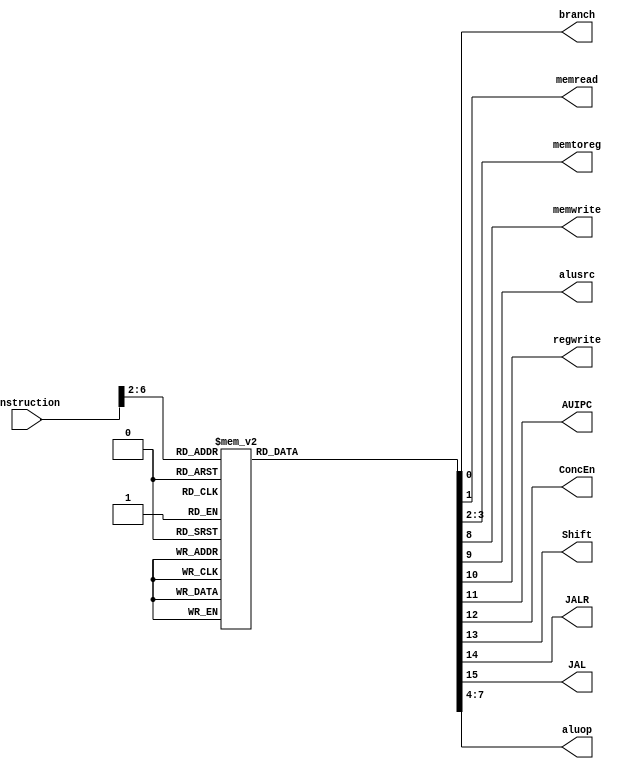
//////////////////////////////////////////////////////////////////////////////////
// Module: control_unit.v
// Project: Single Cycled RISC_V Processor
// Description: The control unit for the datapath
//////////////////////////////////////////////////////////////////////////////////
module control_unit(input[31:0] instruction, output reg branch, memread, output reg[1:0]memtoreg, output reg memwrite, alusrc, regwrite, AUIPC, ConcEn, Shift, JALR, JAL, output reg[3:0] aluop);

    always @(instruction) begin
        case(instruction[6:2])
            5'b01_100: begin
                branch = 1'b0; memread = 1'b0; memtoreg = 2'b00; aluop = 2'b10; memwrite = 1'b0; alusrc = 1'b0; regwrite = 1'b1; 
                AUIPC = 1'b0; ConcEn = 1'b0; Shift = 1'b0; JALR =1'b0; JAL = 1'b0; 
            end
            5'b00_000: begin
                branch = 1'b0; memread = 1'b1; memtoreg = 2'b01; aluop = 2'b00; memwrite = 1'b0; alusrc = 1'b1; regwrite = 1'b1; 
                AUIPC = 1'b0; ConcEn = 1'b0; Shift = 1'b0; JALR =1'b0; JAL = 1'b0;
            end
            5'b01_000: begin
                branch = 1'b0; memread = 1'b0; memtoreg = 2'b00; aluop = 2'b00; memwrite = 1'b1; alusrc = 1'b1; regwrite = 1'b0; 
                AUIPC = 1'b0; ConcEn = 1'b0; Shift = 1'b0; JALR =1'b0; JAL = 1'b0;
            end                                           
            5'b11_000: begin                               
                branch = 1'b1; memread = 1'b0; memtoreg = 2'b00; aluop = 2'b01; memwrite = 1'b0; alusrc = 1'b0; regwrite = 1'b0; 
                AUIPC = 1'b0; ConcEn = 1'b0; Shift = 1'b1; JALR =1'b0; JAL = 1'b0;
            end                                           
            5'b00_101: begin                               
                branch = 1'b0; memread = 1'b0; memtoreg = 2'b00; aluop = 2'b00; memwrite = 1'b0; alusrc = 1'b1; regwrite = 1'b1; 
                AUIPC = 1'b1; ConcEn = 1'b1; Shift = 1'b0; JALR =1'b0; JAL = 1'b0;
            end                                           
            5'b00_100: begin                               
                branch = 1'b0; memread = 1'b0; memtoreg = 2'b00; aluop = 2'b10; memwrite = 1'b0; alusrc = 1'b1; regwrite = 1'b1; 
                AUIPC = 1'b0; ConcEn = 1'b0; Shift = 1'b0; JALR =1'b0; JAL = 1'b0;
            end                                           
            5'b11_011: begin                               
                branch = 1'b0; memread = 1'b0; memtoreg = 2'b10; aluop = 2'b00; memwrite = 1'b0; alusrc = 1'b1; regwrite = 1'b1; 
                AUIPC = 1'b0; ConcEn = 1'b0; Shift = 1'b0; JALR =1'b0; JAL = 1'b1;
            end                                           
            5'b11_001: begin                               
                branch = 1'b0; memread = 1'b0; memtoreg = 2'b10; aluop = 2'b00; memwrite = 1'b0; alusrc = 1'b1; regwrite = 1'b1; 
                AUIPC = 1'b0; ConcEn = 1'b0; Shift = 1'b0; JALR =1'b1; JAL = 1'b0;
            end                                           
            5'b01_101: begin                               
                branch = 1'b0; memread = 1'b0; memtoreg = 2'b11; aluop = 2'b11; memwrite = 1'b0; alusrc = 1'b1; regwrite = 1'b1; 
                AUIPC = 1'b0; ConcEn = 1'b1; Shift = 1'b0; JALR =1'b0; JAL = 1'b0;
            end                                           
            default: begin                                
                branch = 1'b0; memread = 1'b0; memtoreg = 2'b00; aluop = 2'b10; memwrite = 1'b0; alusrc = 1'b0; regwrite = 1'b0; 
                AUIPC = 1'b0; ConcEn = 1'b0; Shift = 1'b0; JALR =1'b0; JAL = 1'b0;
            end
        endcase
    end
endmodule